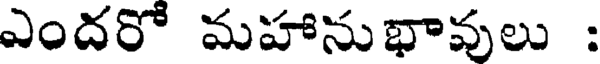
ఎందరో మహానుభావులు :